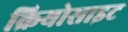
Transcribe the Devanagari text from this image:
क्रियोसाइट